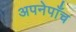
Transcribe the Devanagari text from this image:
अपनेपाँच